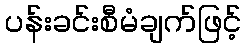
ပန်းခင်းစီမံချက်ဖြင့်